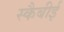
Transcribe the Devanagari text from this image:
स्कैबीई